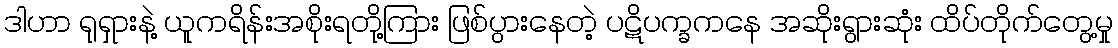
ဒါဟာ ရုရှားနဲ့ ယူကရိန်းအစိုးရတို့ကြား ဖြစ်ပွားနေတဲ့ ပဋိပက္ခကနေ အဆိုးရွားဆုံး ထိပ်တိုက်တွေ့မှု